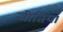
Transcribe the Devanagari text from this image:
नीतियॉं